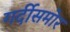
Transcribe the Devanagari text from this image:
गर्दीसमोर